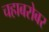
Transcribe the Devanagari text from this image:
चहाबरोबर